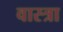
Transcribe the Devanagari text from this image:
वास्त्रा